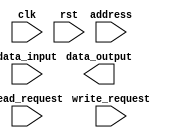
module memory_controller (
    input wire clk,
    input wire rst,
    input wire read_request,
    input wire write_request,
    input wire[31:0] address,
    input wire[31:0] data_input,
    output reg[31:0] data_output
);

// Memory controller behavioral blocks
// Block for reading data from memory
always @(posedge clk or posedge rst) begin
    if (rst) begin
        // Reset logic
    end else begin
        if (read_request) begin
            // Read data from memory
        end
    end
end

// Block for writing data to memory
always @(posedge clk or posedge rst) begin
    if (rst) begin
        // Reset logic
    end else begin
        if (write_request) begin
            // Write data to memory
        end
    end
end

// Block for controlling memory access timing and addressing
always @(posedge clk or posedge rst) begin
    if (rst) begin
        // Reset logic
    end else begin
        // Memory access timing and addressing logic
    end
end

// Block for handling memory operations
always @(posedge clk or posedge rst) begin
    if (rst) begin
        // Reset logic
    end else begin
        // Memory operation logic
    end
end

// Block for memory arbitration
always @(posedge clk or posedge rst) begin
    if (rst) begin
        // Reset logic
    end else begin
        // Memory arbitration logic
    end
end

endmodule